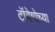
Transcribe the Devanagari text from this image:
टॉबेगोच्या